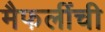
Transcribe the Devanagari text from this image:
मैफलींची